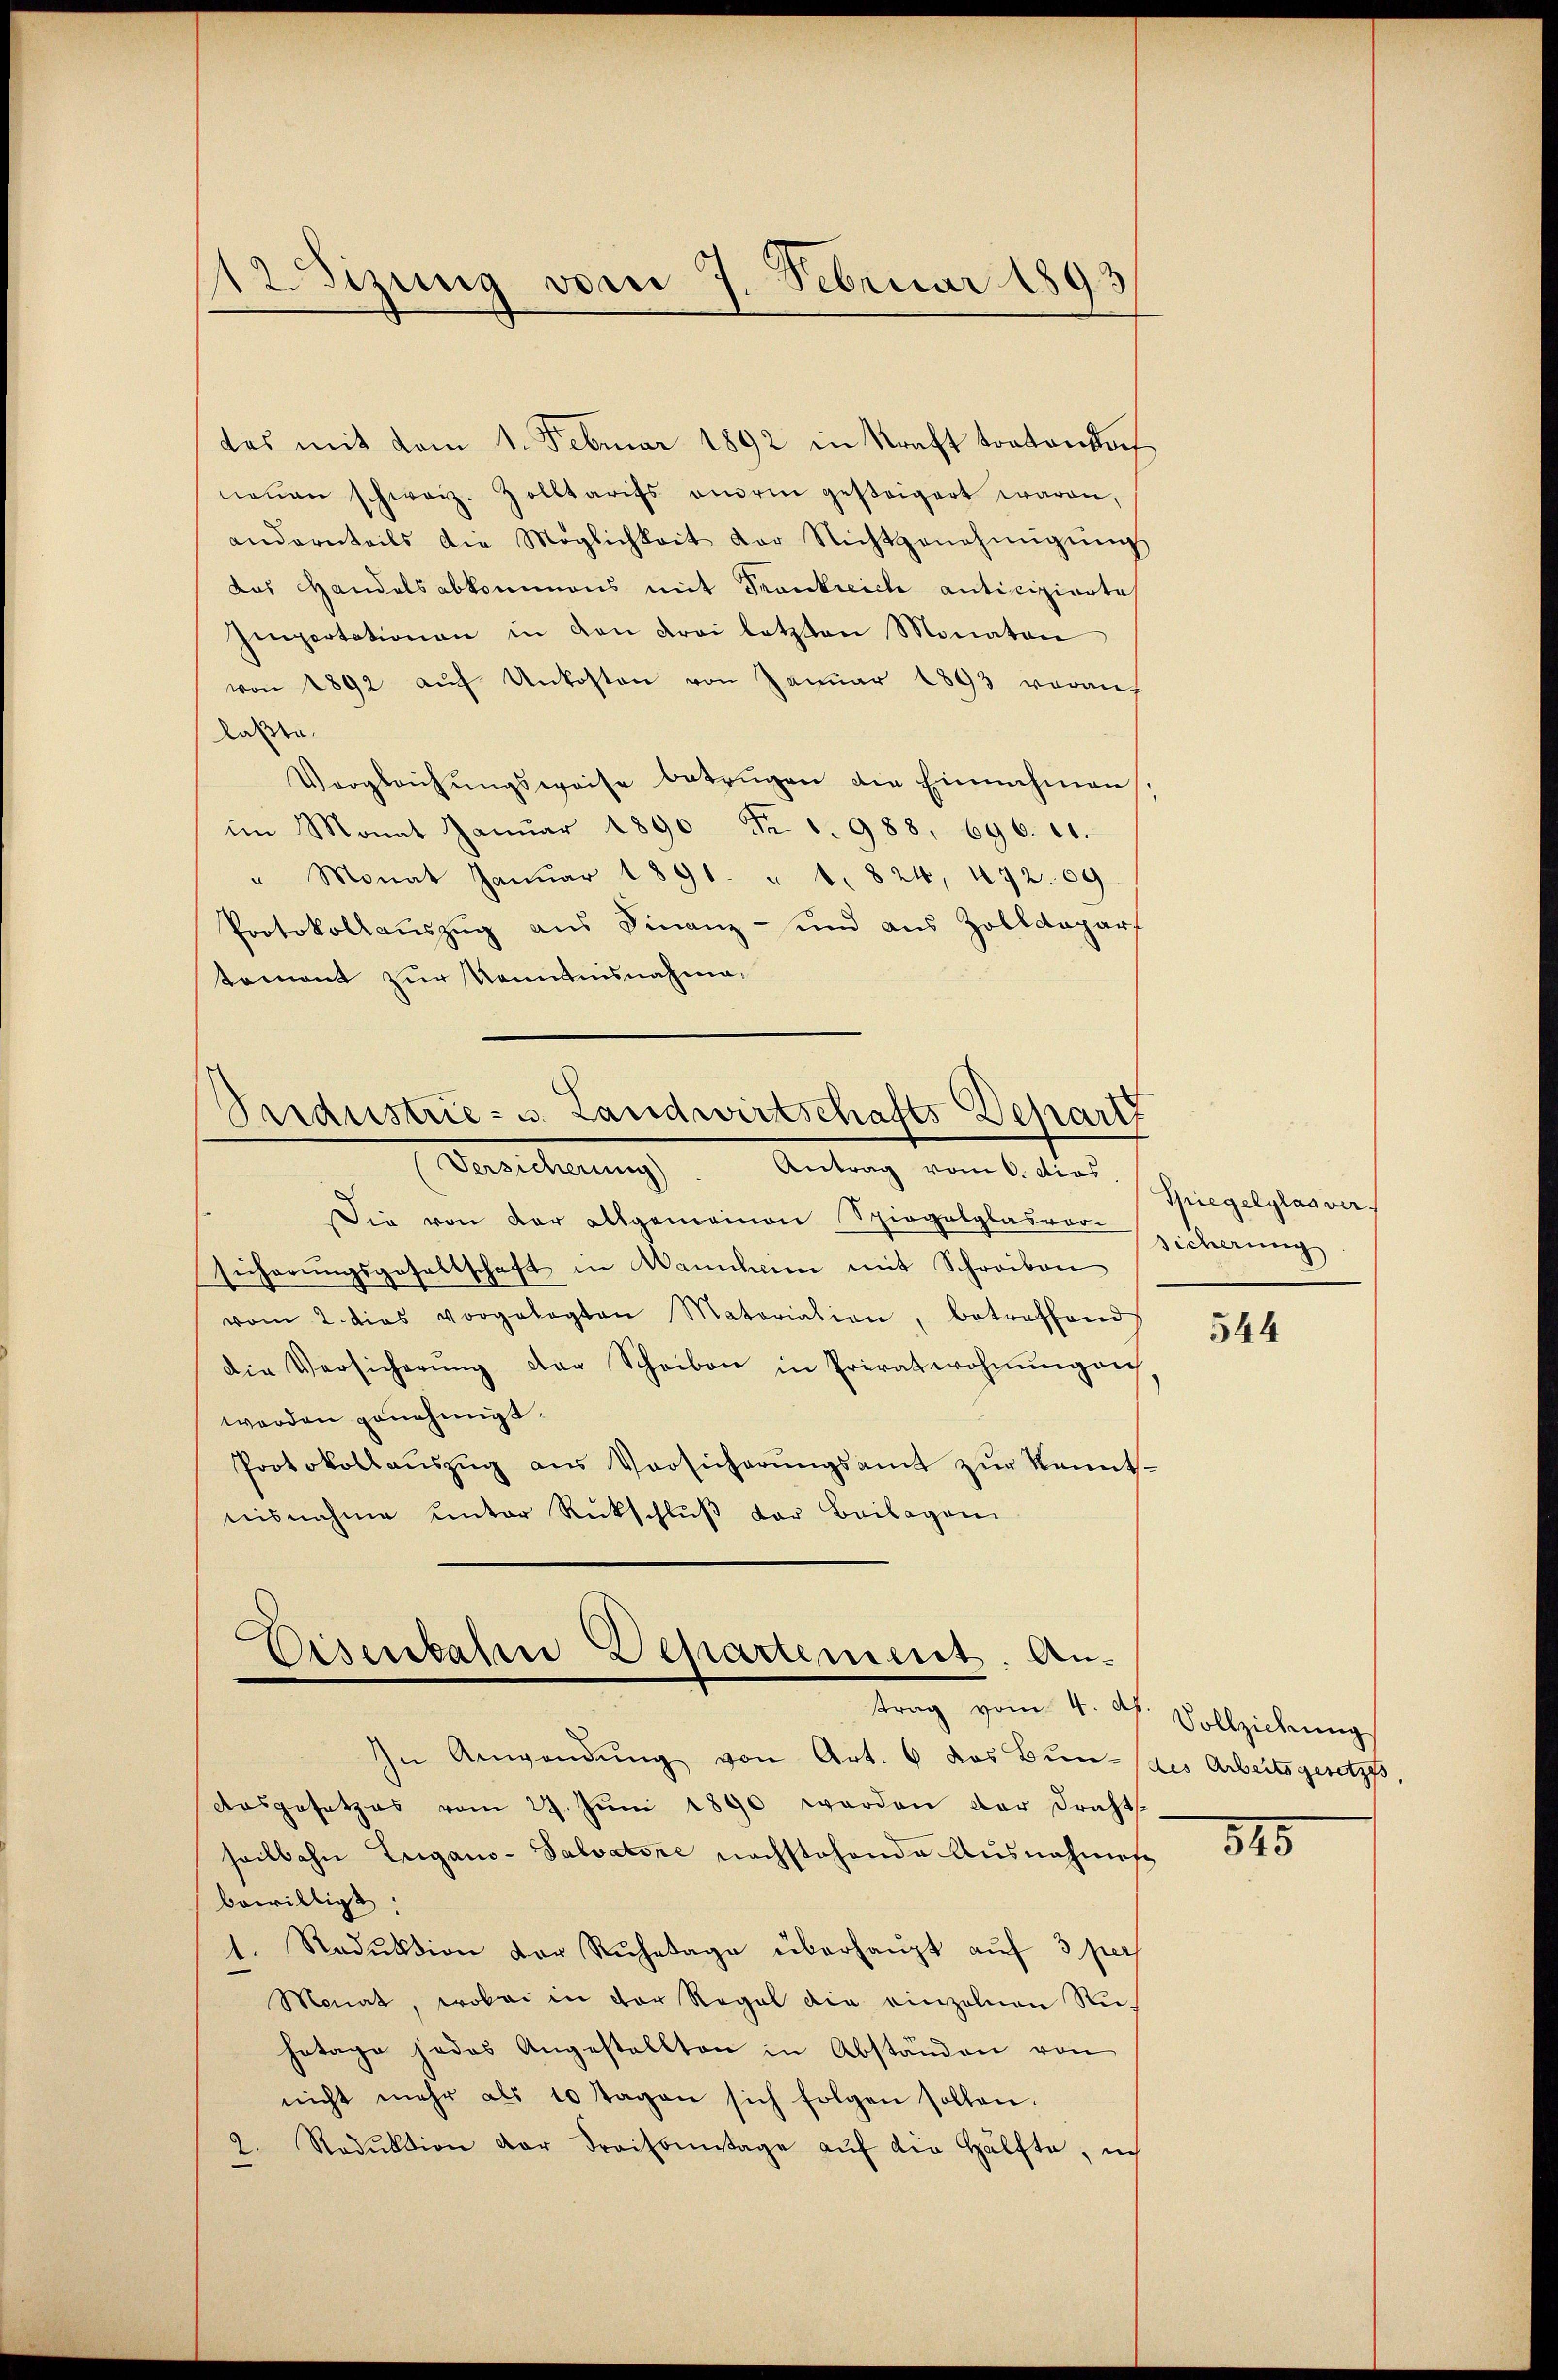
12. Sizung vom 7. Februar 1893

das mit dem 1. Februar 1892 in Kraft tratonsach
neŭen schweiz. Zolltarifs onerin gesteigert waren,
andernteils die Möglichkeit der Nichtgenehmigŭng
das Handelsabkommens mit Frankreich anticipierte
Ienpertationen in den drei letzten Monaten
von 1892 aŭf Unkosten von Januar 1893 veraŭf
laßte.
Vergleichŭngsweise betrügen die Einnahmen,
im Monat Janŭar 1890 Fr. 1. 988, 696. 21.
" Monat Janŭar 1891. u 1824, 472. 09.
Protokollauszug aus Finanz- und aus Zolldepar
tement zur Kenntnisnahme¬

ndustrie- u. Landwirtschafts Depart
Vereicherung

Antrag vom 6. dies. Hiegelglasver
Die von der allgemeinen Spiegalglasversicherung
sicherŭngsgesellschaft in Wannham mit Schreiben
vom 2. dies vorgelegten Materiation, betreffend
die Versicherŭng der Scheiben in Privatwohnŭngen
werden genehmigt.
Protokollaŭszŭg aŭs Versicherŭngsamt zŭr kannt-
nisnahme unter Rückschlŭβ der Beilagen

Disenkasse Departement. An-
trag vom 4. d. Vollziehung

In Anwendung von Art. 6 das Bundes Arbeitsgesetzes,
Ausgesetzes vom 29. Juni 1890 werden der Draht
seilbahn Lugano-Salvatore nachstehende Ausnahmes
bewilligt.
1. Reduktion der Ruhetage überhaŭpt aŭf 3 per
Monat, wobei in der Regal die einzelnen Ru-
hotage jedes Angestellten in Abständen von
nicht mehr als 10 Tagen sich folgen sollen.
2. Nadŭktion der Fraisonntage aŭf die Hälfte, ich

544

845